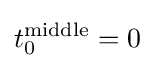
t_{0}^{\rm {middle}}=0